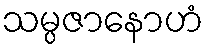
သမ္ပဇာနောဟံ